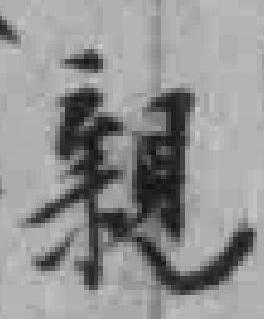
親